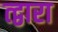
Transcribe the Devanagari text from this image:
त्द्वारा